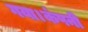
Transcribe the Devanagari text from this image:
गया।कंपनी